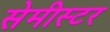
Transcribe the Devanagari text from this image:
सेमीस्टर